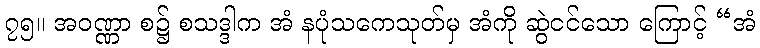
၇၅။ အဝဏ္ဏာ စ၌ စသဒ္ဒါက အံ နပုံသကေသုတ်မှ အံကို ဆွဲငင်သော ကြောင့် “အံ